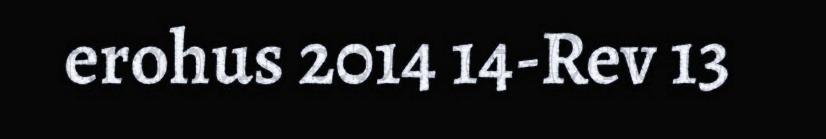
erohus 2014 14-Rev 13